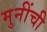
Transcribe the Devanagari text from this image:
मुनींची